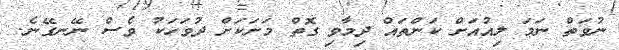
ނުވަތް ނަމަ ލިއުއަށް ކަންތައް ދިމާވި ގޮތް މަށަކަށް ދުވަހަކު ވެސް ނޭނގޭނެ.